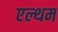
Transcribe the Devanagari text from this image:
एल्थम